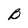
Character: B